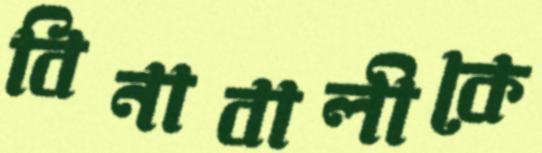
বিনাবালীকে